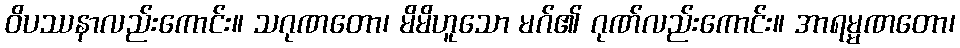
ဝိပဿနာလည်းကောင်း။ သဂုဏတော၊ မိမိဟူသော မဂ်၏ ဂုဏ်လည်းကောင်း။ အာရမ္မဏတော၊